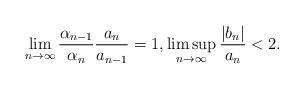
LaTeX: \begin{align*}\lim_{n \rightarrow \infty} \frac{\alpha_{n-1}}{\alpha_n} \frac{a_n}{a_{n-1}} = 1, \limsup_{n \rightarrow \infty} \frac{|b_n|}{a_n} < 2.\end{align*}